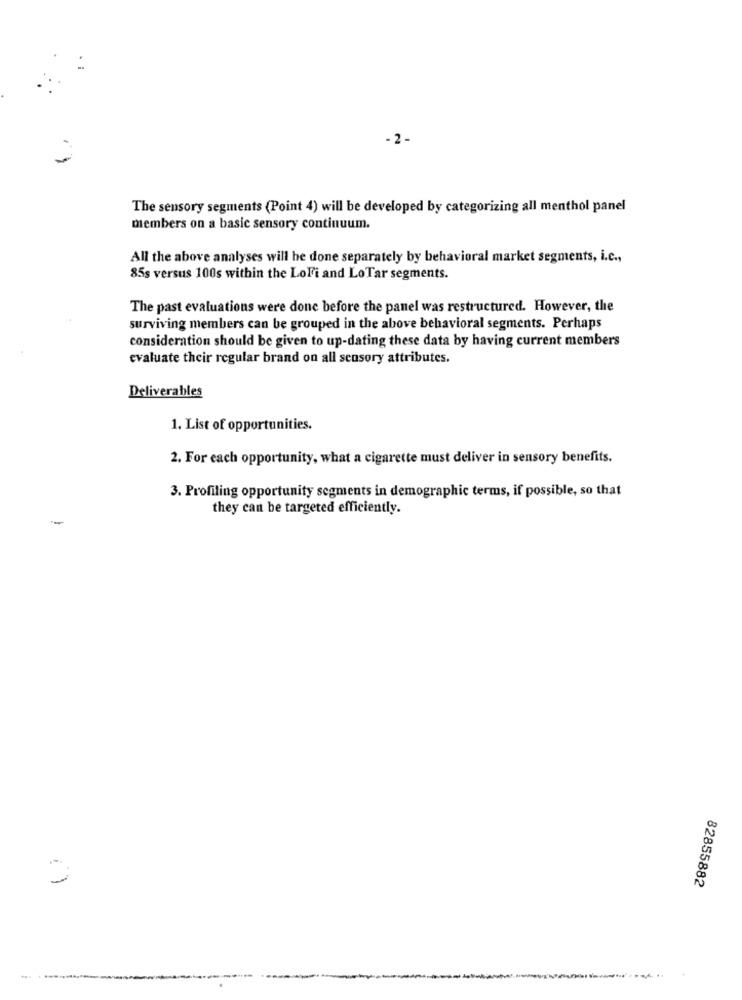
- 2 -
The sensory segments (Point 4) will be developed by categorizing all menthol panel
members on a basic sensory continuum.
All the above analyses will be done separately by behavioral market segments, i.c .,
85s versus 100s within the LoFi and LoTar segments.
The past evaluations were done before the panel was restructured. However, the
surviving members can be grouped in the above behavioral segments. Perhaps
consideration should be given to up-dating these data by having current members
evaluate their regular brand on all sensory attributes.
Deliverables
1. List of opportunities.
2. For each opportunity, what a cigarette must deliver in sensory benefits.
3. Profiling opportunity segments in demographic terms, if possible, so that
they can be targeted efficiently.
-
82855882
-------